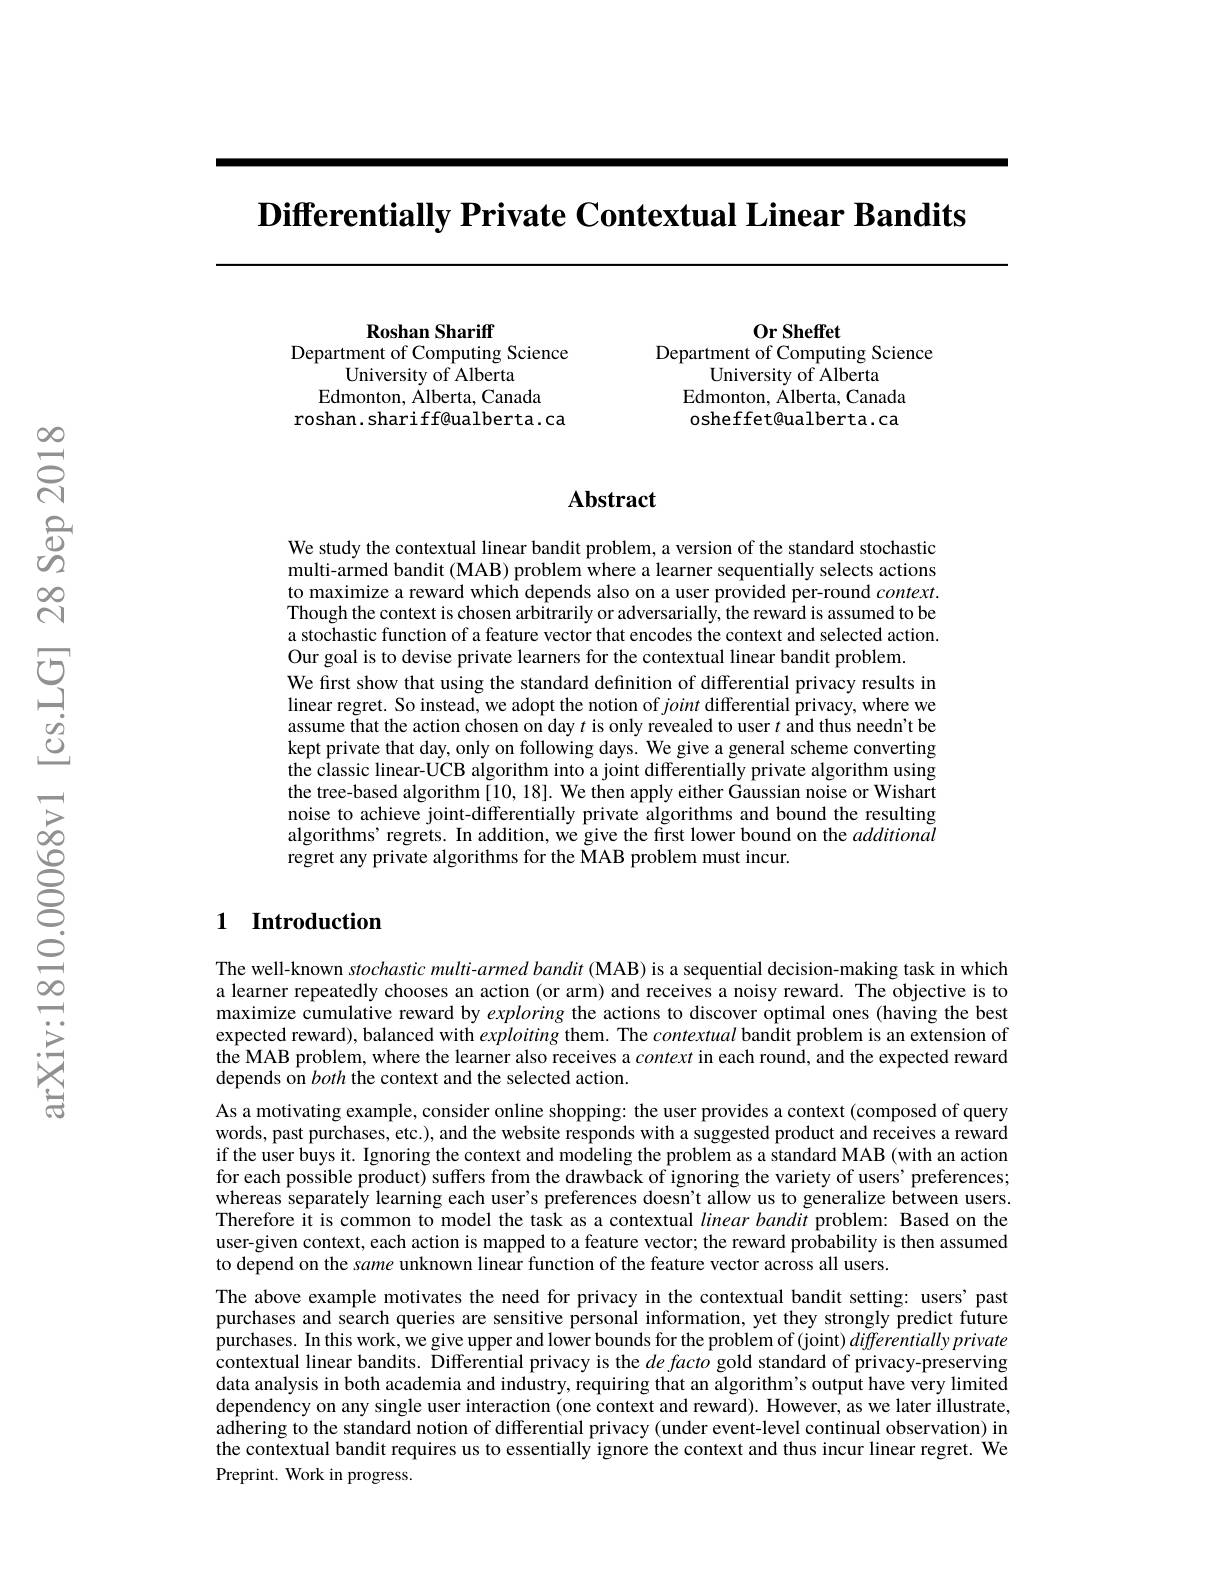
$\textbf{Differentially Private Contextual Linear Bandits}$

Roshan Shariff
Department of Computing Science
University of Alberta
Edmonton, $\dot{\text{Alberta, Canada}}$
roshan. shariff@ualberta.ca

Or Sheffet
Department of Computing Science
University of Alberta
Edmonton, Alberta, Canada osheffet@ualberta.ca

### $\mathbf{Abstract}$

We study the contextual linear bandit problem, a version of the standard stochastic multi-armed bandit (MAB) problem where a learner sequentially selects actions to maximize a reward which depends also on a user provided per-round $context.$ Though the context is chosen arbitrarily or adversarially, the reward is assumed to be a stochastic function of a feature vector that encodes the context and selected action. Our goal is to devise private learners for the contextual linear bandit problem.
We first show that using the standard definition of differential privacy results in linear regret. So instead, we adopt the notion of joint differential privacy, where we assume that the action chosen on day $t$ is only revealed to user $t$ and thus needn't be kept private that day, only on following days. We give a general scheme converting the classic linear-UCB algorithm into a joint differentially private algorithm using the tree-based algorithm [10, 18]. We then apply either Gaussian noise or Wishart noise to achieve joint-differentially private algorithms and bound the resulting algorithms' regrets. In addition, we give the first lower bound on the additional regret any private algorithms for the MAB problem must incur.

### 1 Introduction

The well-known stochastic multi-armed bandit (MAB) is a sequential decision-making task in which a learner repeatedly chooses an action (or arm) and receives a noisy reward. The objective is to maximize cumulative reward by exploring the actions to discover optimal ones (having the best expected reward), balanced with exploiting them. The contextual bandit problem is an extension of the MAB problem, where the learner also receives a context in each round, and the expected reward depends on both the context and the selected action.
As a motivating example, consider online shopping: the user provides a context (composed of query words, past purchases, etc.), and the website responds with a suggested product and receives a reward if the user buys it. Ignoring the context and modeling the problem as a standard MAB (with an action for each possible product) suffers from the drawback of ignoring the variety of users' preferences; whereas separately learning each user's preferences doesn't allow us to generalize between users. Therefore it is common to model the task as a contextual linearbandit problem: Based on the user-given context, each action is mapped to a feature vector; the reward probability is then assumed to depend on the same unknown linear function of the feature vector across all users.
The above example motivates the need for privacy in the contextual bandit setting: users' past purchases and search queries are sensitive personal information, yet they strongly predict future purchases. In this work, we give upper and lower bounds for the problem of (joint) differentially private contextual linear bandits. Differential privacy is the $de\textit{facto gold standard of privacy- preserving}$ data analysis in both academia and industry, requiring that an algorithm's output have very limited dependency on any single user interaction (one context and reward). However, as we later illustrate, adhering to the standard notion of differential privacy (under event-level continual observation) in the contextual bandit requires us to essentially ignore the context and thus incur linear regret. We Preprint. Work in progress.